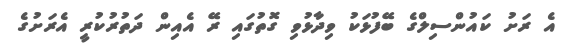
އެ ރަށު ކައުންސިލްގެ ބޭފުޅަކު ވިދާޅުވި ގޮތުގައި ރޭ އެއިން ދަތުރުކުރީ އެރަށުގެ